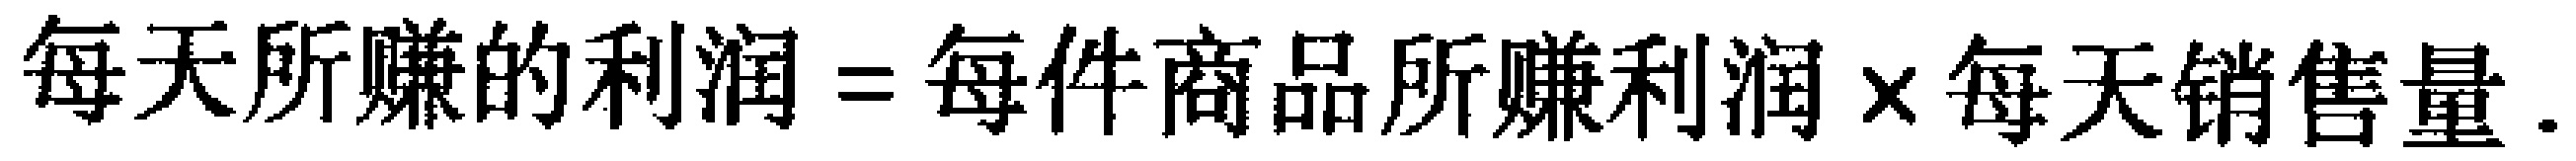
每天所赚的利润=每件商品所赚利润×每天销售量.